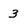
Character: 3